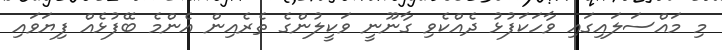
މި މައްސަލައިގައި ވާހަކަފުޅު ދެއްކެވި ގާނޫނީ ވަކީލުންގެ ތެރެއިން އެންމެ ބޭފުޅެއް ފިޔަވައި